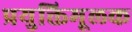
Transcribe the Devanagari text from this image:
प्रयुक्तिमूलक